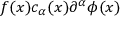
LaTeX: f ( x ) c _ { \alpha } ( x ) \partial ^ { \alpha } \phi ( x )